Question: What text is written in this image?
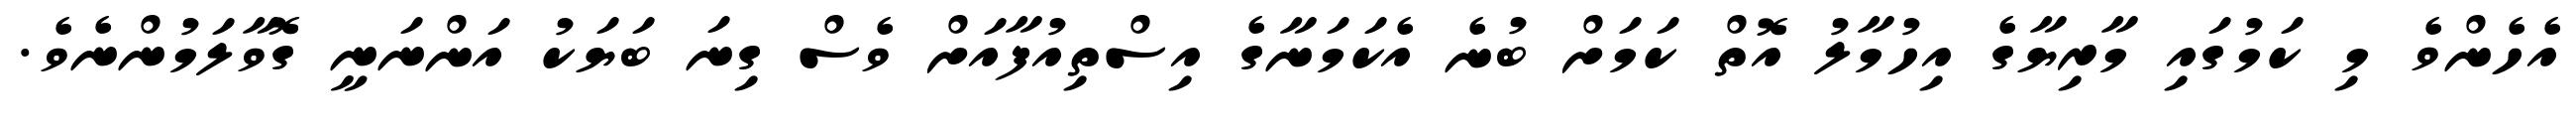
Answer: އެހެންވެ މި ކަމުގައި މާރިޔާގެ އިހުމާލު އޮތް ކަމަށް ބުނެ އެކަމަނާގެ އިސްތިއުފާއަށް ވެސް ގިނަ ބަޔަކު އަންނަނީ ގޮވާލަމުންނެވެ.